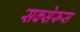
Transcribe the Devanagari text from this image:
सक्सेरूस